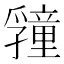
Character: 𭓜